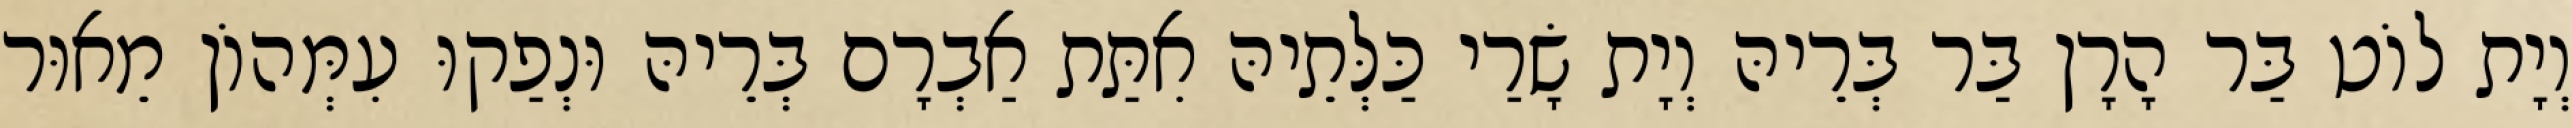
וְיָת לוֹט בַּר הָרָן בַּר בְּרֵיהּ וְיָת שָׂרַי כַּלְּתֵיהּ אִתַּת אַבְרָם בְּרֵיהּ וּנְפַקוּ עִמְּהוֹן מֵאוּר